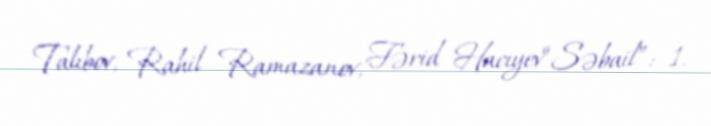
Talıbov, Rahil Ramazanov, Fərid Hacıyev“Səbail”: 1.